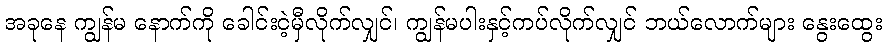
အခုနေ ကျွန်မ နောက်ကို ခေါင်းငဲ့မှီလိုက်လျှင်၊ ကျွန်မပါးနှင့်ကပ်လိုက်လျှင် ဘယ်လောက်များ နွေးထွေး